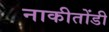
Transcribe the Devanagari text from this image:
नाकीतोंडी